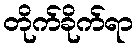
တိုက်ခိုက်ရာ